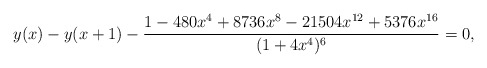
\begin{align*}y(x)-y(x+1)- \frac{1 - 480 x^4 + 8736 x^8 - 21504 x^{12} + 5376 x^{16}}{(1 + 4 x^4)^6}=0,\end{align*}